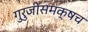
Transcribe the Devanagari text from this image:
गुरुजींसमक्षच